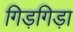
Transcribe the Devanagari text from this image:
गिड़गिड़ा